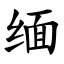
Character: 缅